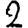
Digit: 2